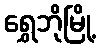
ရွှေဘိုမြို့